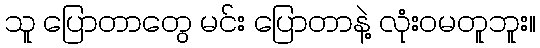
သူ ပြောတာတွေ မင်း ပြောတာနဲ့ လုံးဝမတူဘူး။